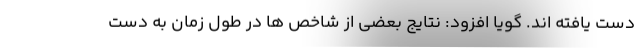
دست یافته اند. گویا افزود: نتایج بعضی از شاخص ها در طول زمان به دست